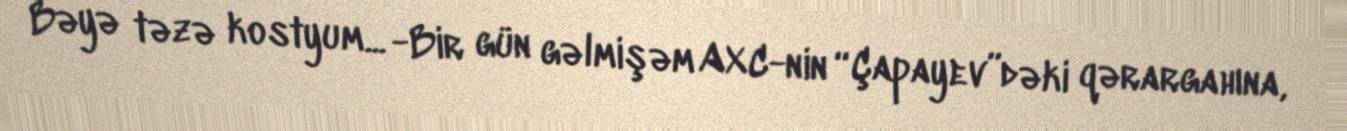
Bəyə təzə kostyum... -Bir gün gəlmişəm AXC-nin “Çapayev”dəki qərargahına,